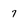
Character: 7